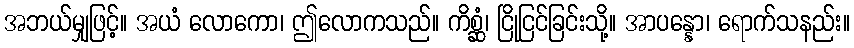
အဘယ်မျှဖြင့်။ အယံ လောကော၊ ဤလောကသည်။ ကိစ္ဆံ၊ ငြိုငြင်ခြင်းသို့။ အာပန္နော၊ ရောက်သနည်း။